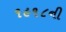
૧૯૧૮ની